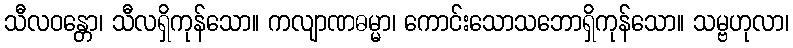
သီလဝန္တော၊ သီလရှိကုန်သော။ ကလျာဏဓမ္မာ၊ ကောင်းသောသဘောရှိကုန်သော။ သမ္ဗဟုလာ၊